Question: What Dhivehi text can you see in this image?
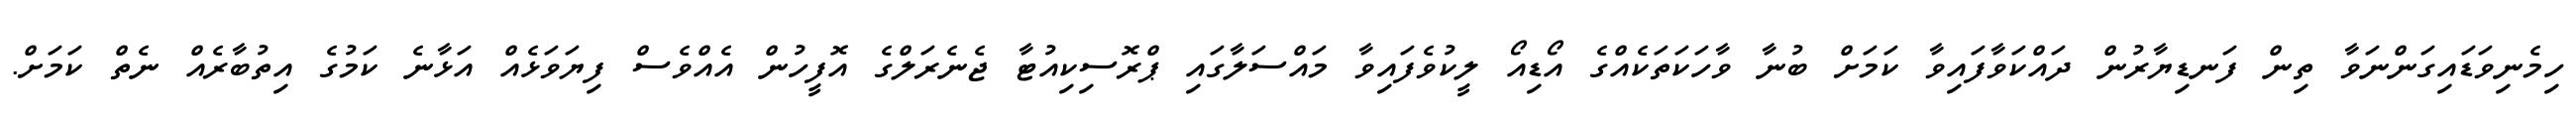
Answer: ހިމެނިވަޑައިގަންނަވާ ތިން ފަނޑިޔާރުން ދައްކަވާފައިވާ ކަމަށް ބުނާ ވާހަކަތަކެއްގެ އޯޑިއޯ ލީކުވެފައިވާ މައްސަލާގައި ޕްރޮސިކިއުޓާ ޖެނެރަލްގެ އޮފީހުން އެއްވެސް ފިޔަވަޅެއް އަޅާނެ ކަމުގެ އިތުބާރެއް ނެތް ކަމަށް.